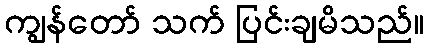
ကျွန်တော် သက် ပြင်းချမိသည်။